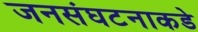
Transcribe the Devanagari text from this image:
जनसंघटनाकडे